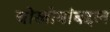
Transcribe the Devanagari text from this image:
चोखोबांबद्दल